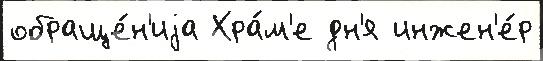
обраще́н'иjа Хра́м'е дн'я инжен'е́р